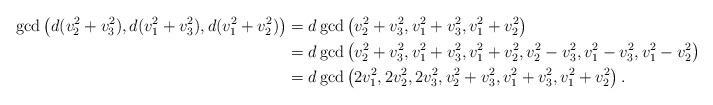
LaTeX: \begin{align*}\gcd\left(d(v_2^2+v_3^2),d(v_1^2+v_3^2),d(v_1^2+v_2^2)\right)&=d\gcd\left(v_2^2+v_3^2,v_1^2+v_3^2,v_1^2+v_2^2\right)\\{}&=d\gcd\left(v_2^2+v_3^2,v_1^2+v_3^2,v_1^2+v_2^2,v_2^2-v_3^2,v_1^2-v_3^2,v_1^2-v_2^2\right)\\{}&=d\gcd\left(2v_1^2,2v_2^2,2v_3^2,v_2^2+v_3^2,v_1^2+v_3^2,v_1^2+v_2^2\right).\end{align*}